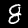
Digit: 8